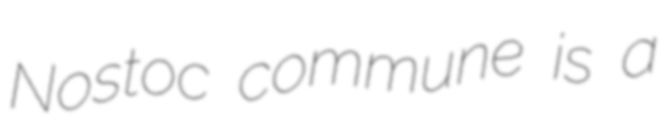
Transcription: Nostoc commune is a